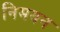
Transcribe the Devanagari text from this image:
निमयन